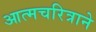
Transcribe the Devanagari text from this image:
आत्मचरित्राने